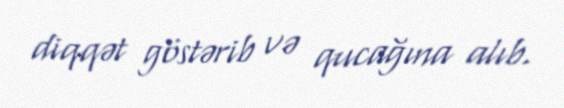
diqqət göstərib və qucağına alıb.